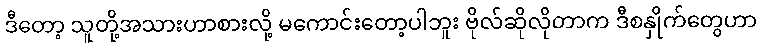
ဒီတော့ သူတို့အသားဟာစားလို့ မကောင်းတော့ပါဘူး ဗိုလ်ဆိုလိုတာက ဒီစနှိုက်တွေဟာ